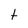
Character: t